King Institute of Preventive Medicine Bacteriolog. Section reports 1907-08
Year: 1907
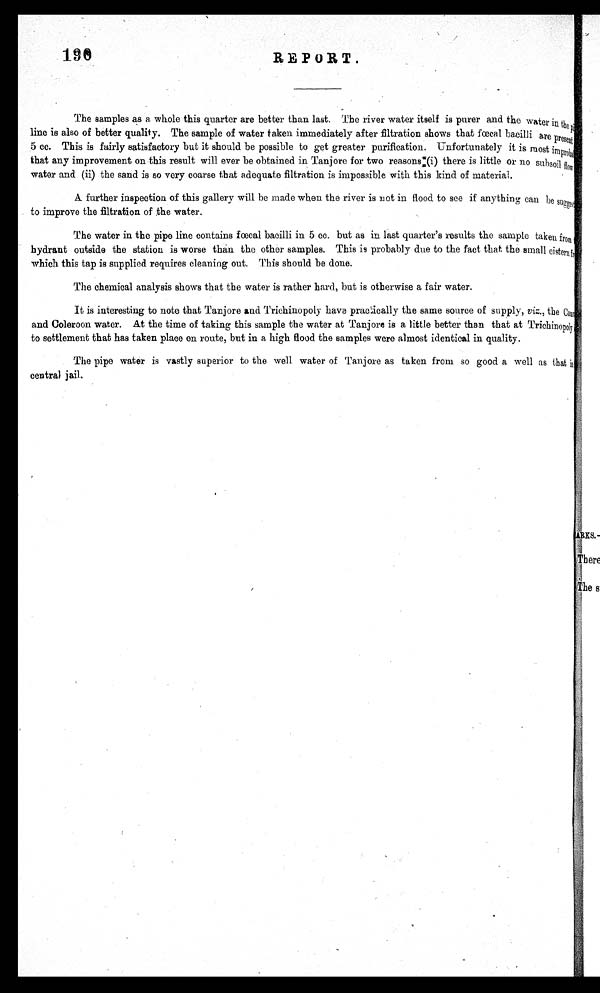
190
REPORT.
The samples as a whole this quarter are better than last. The river water itself is purer and the water in the pi<illegible/>
line is also of better quality. The sample of water taken immediately after filtration shows that foecal bacilli are present<illegible/>
5 cc. This is fairly satisfactory but it should be possible to get greater purification. Unfortunately it is most improba<illegible/>
that any improvement on this result will ever be obtained in Tanjore for two reasons (i) there is little or no subsoil flow
water and (ii) the sand is so very coarse that adequate filtration is impossible with this kind of material.
A further inspection of this gallery will be made when the river is not in flood to see if anything can be suggest
to improve the filtration of the water.
The water in the pipe line contains fæcal bacilli in 5 cc. but as in last quarter's results the sample taken from<illegible/>
hydrant outside the station is worse than the other samples. This is probably due to the fact that the small cistern fr<illegible/>
which this tap is supplied requires cleaning out. This should be done.
The chemical analysis shows that the water is rather hard, but is otherwise a fair water.
It is interesting to note that Tanjore and Trichinopoly have practically the same source of supply, vi z. , t he Ca<i l l egi bl e/>
and Coleroon water. At the time of taking this sample the water at Tanjore is a little better than that at Trichinopoly<illegible/>
to settlement that has taken place on route, but in a high flood the samples were almost identical in quality.
The pipe water is vastly superior to the well water of Tanjore as taken from so good a well as that <illegible/>
central jail.